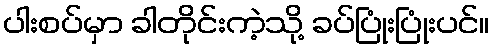
ပါးစပ်မှာ ခါတိုင်းကဲ့သို့ ခပ်ပြုံးပြုံးပင်။